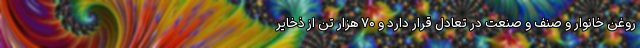
روغن خانوار و صنف و صنعت در تعادل قرار دارد و ۷۰ هزار تن از ذخایر